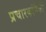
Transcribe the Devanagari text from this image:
प्रचारकांपैकी